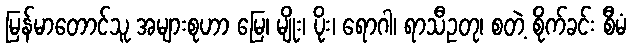
မြန်မာတောင်သူ အများစုဟာ မြေ၊ မျိုး၊ ပိုး၊ ရောဂါ၊ ရာသီဥတု၊ စတဲ့ စိုက်ခင်း စီမံ